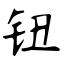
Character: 钮